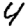
Digit: 4